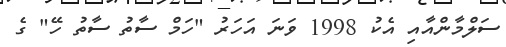
ސަލްމާންއާއި އެކު 1998 ވަނަ އަހަރު "ހަމް ސާތު ސާތު ހޭ" ގެ